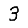
Digit: 3